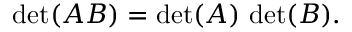
\operatorname * { d e t } ( A B ) = \operatorname * { d e t } ( A ) \, \operatorname * { d e t } ( B ) .